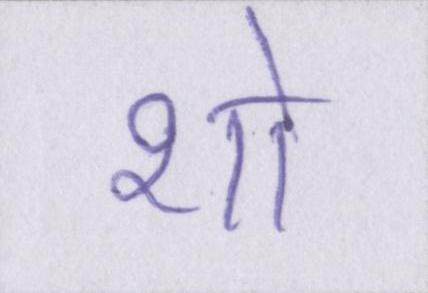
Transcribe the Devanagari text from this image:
शो